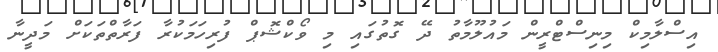
އިސްލާމިކް މިނިސްޓްރީން މައުލޫމާތު ދޭ ގޮތުގައި މި ވޯކްޝޮޕް ފުރިހަމަކުރާ ފަރާތްތަކަށް މަދީނާ